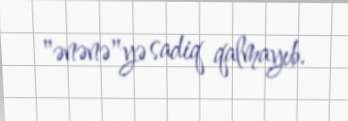
"ənənə"yə sadiq qalmayıb.